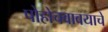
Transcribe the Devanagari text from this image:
पोहोचवावयाचे